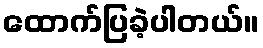
ထောက်ပြခဲ့ပါတယ်။